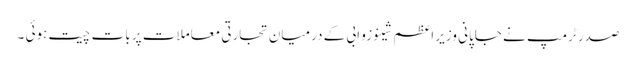
صدر ٹرمپ نے جاپانی وزیر اعظم شینوزو ابی کے درمیان تجارتی معاملات پر بات چیت ہوئی ۔